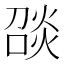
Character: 𪹑